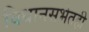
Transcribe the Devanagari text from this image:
विधानसभेतही